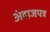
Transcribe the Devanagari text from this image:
अंदाजपत्र